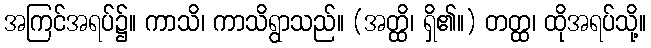
အကြင်အရပ်၌။ ကာသိ၊ ကာသိရွာသည်။ (အတ္ထိ၊ ရှိ၏။) တတ္ထ၊ ထိုအရပ်သို့။